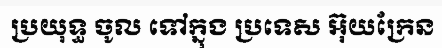
ប្រយុទ្ធ ចូល ទៅក្នុង ប្រទេស អ៊ុយក្រែន